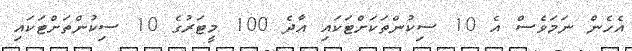
އެހެން ނަމަވެސް އެ 10 ސިކުންތަކަށްޓަކައި އާދެ 100 މީޓަރުގެ 10 ސިކުންތަށްޓަކައި